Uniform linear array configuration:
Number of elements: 16
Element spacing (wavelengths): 1
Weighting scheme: hamming
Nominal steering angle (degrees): -30
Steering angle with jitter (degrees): -28.581
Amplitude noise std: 0.05
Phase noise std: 0.05

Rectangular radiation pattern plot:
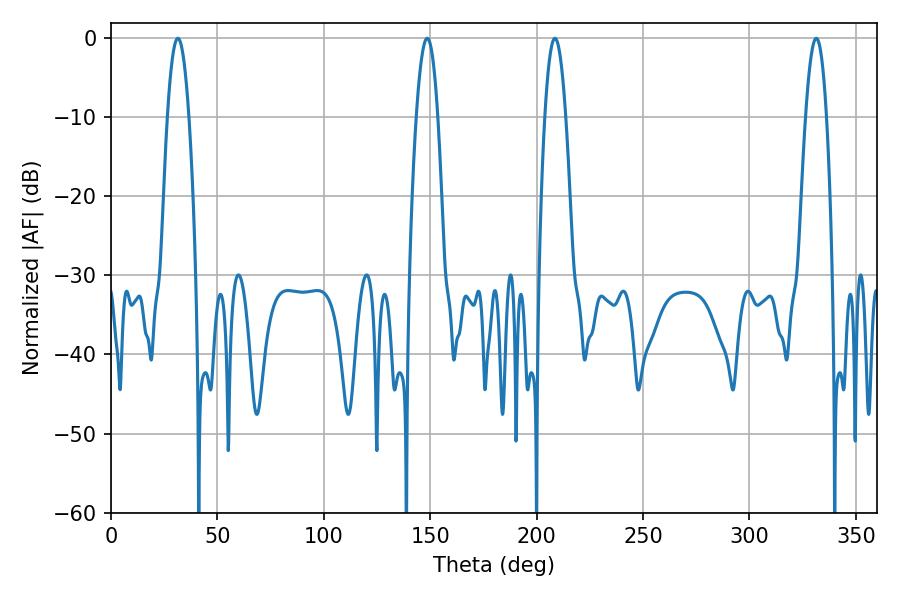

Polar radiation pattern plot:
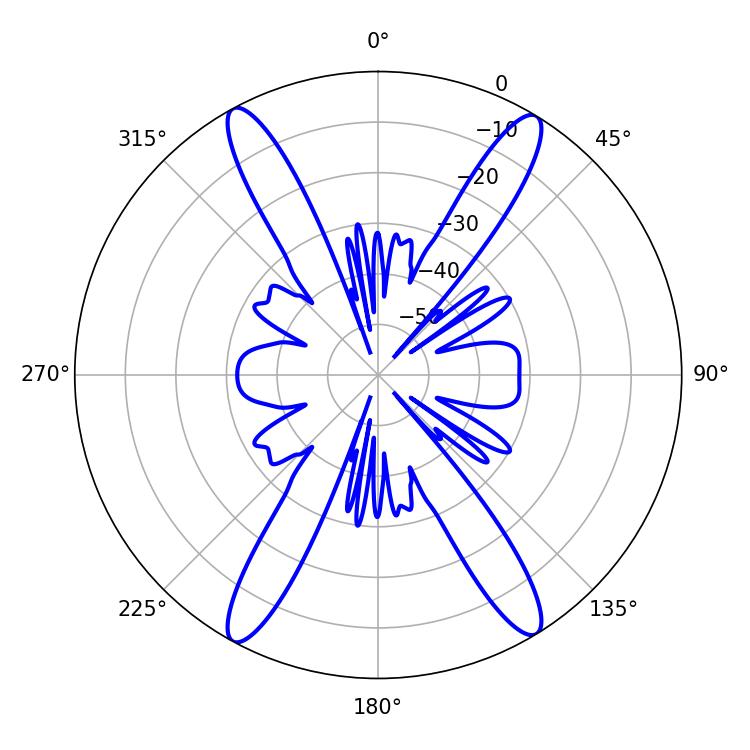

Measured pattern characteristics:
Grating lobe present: TRUE
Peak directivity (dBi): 22.361
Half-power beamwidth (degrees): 5.4
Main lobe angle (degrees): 208.62